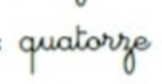
quatorze